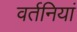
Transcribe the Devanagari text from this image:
वर्तनियां